Scientific memoirs by medical officers of the Army of India - Part III,
Year: 1887
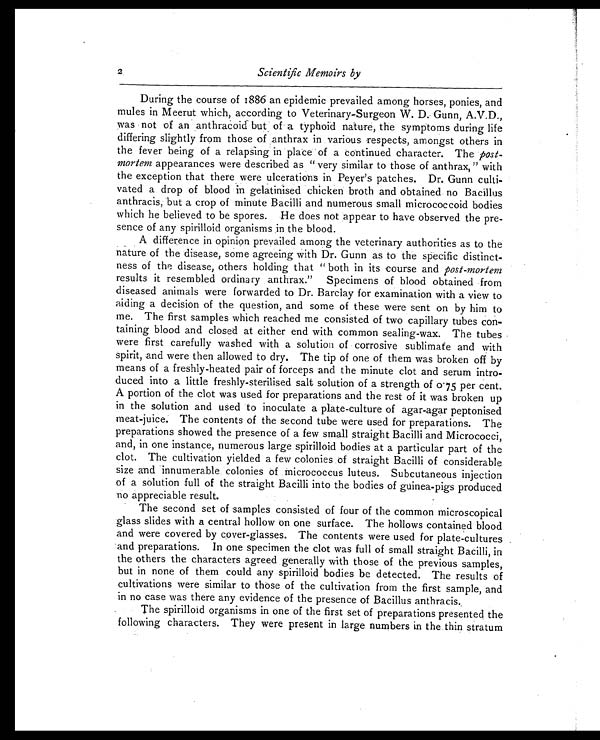
Scientific Memoirs by
2
During the course of 1886 an epidemic prevailed among horses, ponies, and
mules in Meerut which, according to Veterinary-Surgeon W. D. Gunn, A.V.D.,
was not of an anthracoid but of a typhoid nature, the symptoms during life
differing slightly from those of anthrax in various respects, amongst others in
the fever being of a relapsing in place of a continued character. The post-
mortem appearances were described as " very similar to those of anthrax," with
the exception that there were ulcerations in Peyer's patches. Dr. Gunn culti-
vated a drop of blood in gelatinised chicken broth and obtained no Bacillus
anthracis, but a crop of minute Bacilli and numerous small micrococcoid bodies
which he believed to be spores. He does not appear to have observed the pre-
sence of any spirilloid organisms in the blood.
A difference in opinion prevailed among the veterinary authorities as to the
nature of the disease, some agreeing with Dr. Gunn as to the specific distinct
-ness of the disease, others holding that " both in its course and post-mortem
results it resembled ordinary anthrax." Specimens of blood obtained from
diseased animals were forwarded to Dr. Barclay for examination with a view to
aiding a decision of the question, and some of these were sent on by him to
me. The first samples which reached me consisted of two capillary tubes con-
taining blood and closed at either end with common sealing-wax. The tubes
were first carefully washed with a solution of corrosive sublimate and with
spirit, and were then allowed to dry. The tip of one of them was broken off by
means of a freshly-heated pair of forceps and the minute clot and serum intro-
duced into a little freshly-sterilised salt solution of a strength of o.75per cent.
A portion of the clot was used for preparations and the rest of it was broken up
in the solution and used to inoculate a plate-culture of agar-agar peptonised
meat-juice. The contents of the second tube were used for preparations. The
preparations showed the presence of a few small straight Bacilli and Micrococci,
and, in one instance, numerous large spirilloid bodies at a particular part of the
clot. The cultivation yielded a few colonies of straight Bacilli of considerable
size and innumerable colonies of micrococcus luteus. Subcutaneous injection
of a solution full of the straight Bacilli into the bodies of guinea-pigs produced
no appreciable result.
The second set of samples consisted of four of the common microscopical
glass slides with a central hollow on one surface. The hollows contained blood
and were covered by cover-glasses. The contents were used for plate-cultures
and preparations. In one specimen the clot was full of small straight. Bacilli, in
the others the characters agreed generally with those of the previous samples,
but in none of them could any spirilloid bodies be detected. The results of
cultivations were smilar to those of the cultivation from the first sample, and
in no case was there any evidence of the presence of Bacillus anthracis.
The spirilloid organisms in one of the first set of preparations presented the
following characters. They were present in large numbers in the thin stratum